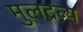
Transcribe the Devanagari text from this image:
मुलद्रव्य